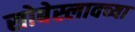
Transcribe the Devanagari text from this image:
सोबेस्लावच्या